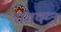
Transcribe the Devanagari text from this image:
रामयन्त्र